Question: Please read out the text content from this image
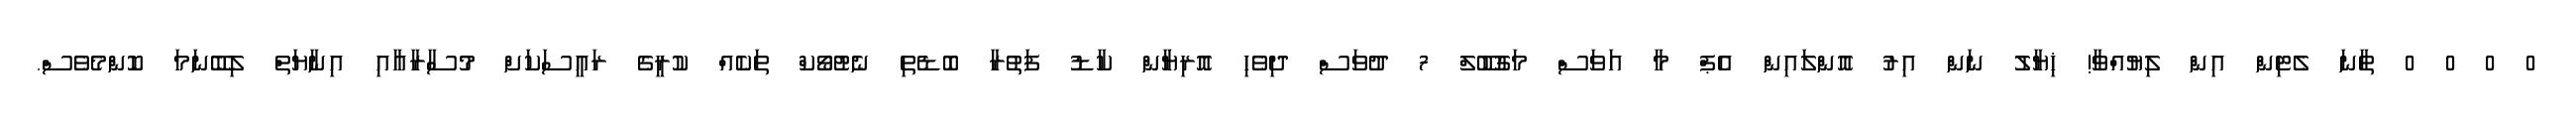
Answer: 0 0 0 0 ތާނަ ލެޓިން އިން ލިޔުއްވާ! ޚިޔާލު ނަން އިރު އޮންލައިން އެޕް މާ އަވަސް މަގުބޫލް 7 ދުވަސް ދިވެހި އޮރިޔާން ކާޑު ފަތުރާ ބޮޑެތި ނެޓުވޯކް ތަކެއް ކުރީގެ ރައީސަކަށް މުސާރާއާއި އިނާޔަތް ލިބޭނަމަ ކޮންމެވެސް.